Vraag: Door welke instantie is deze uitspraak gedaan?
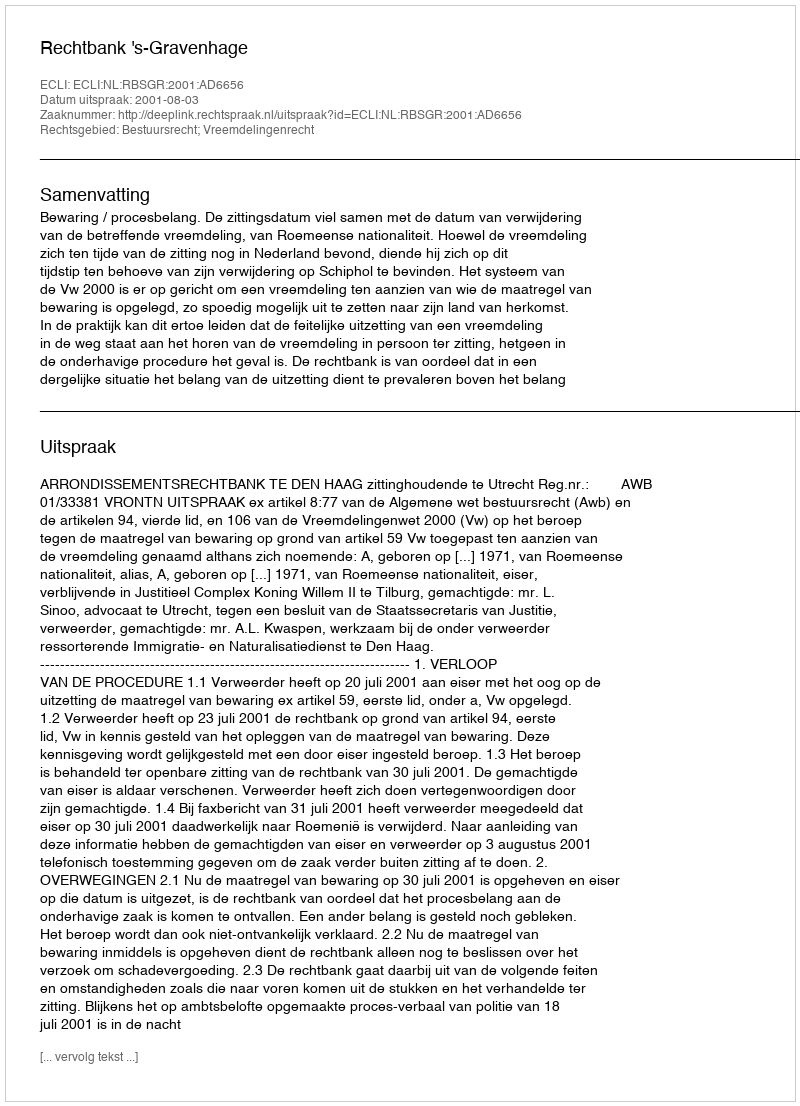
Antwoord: Rechtbank 's-Gravenhage